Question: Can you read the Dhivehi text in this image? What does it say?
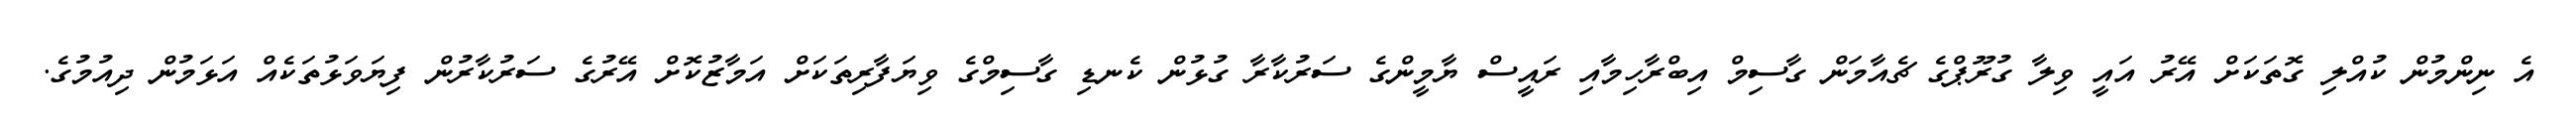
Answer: އެ ނިންމުން ކުއްލި ގޮތަކަށް އޭރު އައީ ވިލާ ގުރޫޕްގެ ޗެއާމަން ގާސިމް އިބްރާހިމާއި ރައީސް ޔާމީންގެ ސަރުކާރާ ގުޅުން ކެނޑި ގާސިމްގެ ވިޔަފާރިތަކަށް އަމާޒުކޮށް އޭރުގެ ސަރުކާރުން ފިޔަވަޅުތަކެއް އަޅަމުން ދިއުމުގެ.